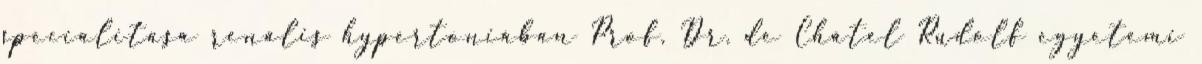
specialitása renális hypertoniában Prof. Dr. de Châtel Rudolf egyetemi